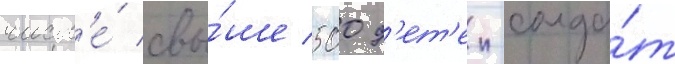
числ'е́ свы́ше 500 д'ет'еи-солда́т